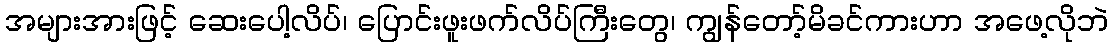
အများအားဖြင့် ဆေးပေါ့လိပ်၊ ပြောင်းဖူးဖက်လိပ်ကြီးတွေ၊ ကျွန်တော့်မိခင်ကားဟာ အဖေ့လိုဘဲ